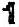
1